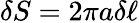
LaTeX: \delta S=2\pi a\delta\ell